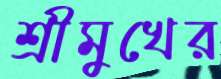
শ্রীমুখের